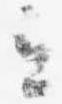
立